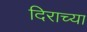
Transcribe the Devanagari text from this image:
दिराच्या